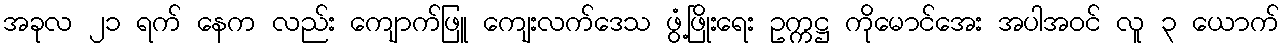
အခုလ ၂၁ ရက် နေက လည်း ကျောက်ဖြူ ကျေးလက်ဒေသ ဖွံ့ဖြိုးရေး ဥက္ကဋ္ဌ ကိုမောင်အေး အပါအဝင် လူ ၃ ယောက်